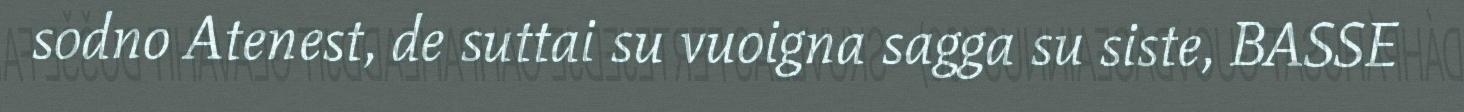
sodno Atenest, de suttai su vuoigna sagga su siste, BASSE